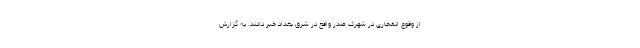
از وقوع انفجاری در شهرک صدر واقع در شرق بغداد خبر دادند. به گزارش